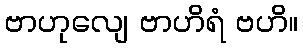
ဗာဟုလျေ ဗာဟိရံ ဗဟိ။